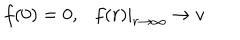
f ( 0 ) = 0 , f ( r ) | _ { r \rightarrow \infty } \rightarrow v